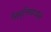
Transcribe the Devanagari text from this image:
निवृत्तिप्रधान